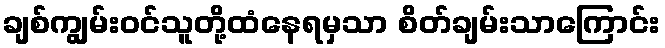
ချစ်ကျွမ်းဝင်သူတို့ထံနေရမှသာ စိတ်ချမ်းသာကြောင်း